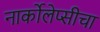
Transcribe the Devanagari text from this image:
नार्कोलेप्सीचा